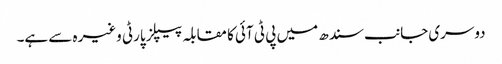
دوسری جانب سندھ میں پی ٹی آئی کا مقابلہ پیپلز پارٹی وغیرہ سے ہے۔